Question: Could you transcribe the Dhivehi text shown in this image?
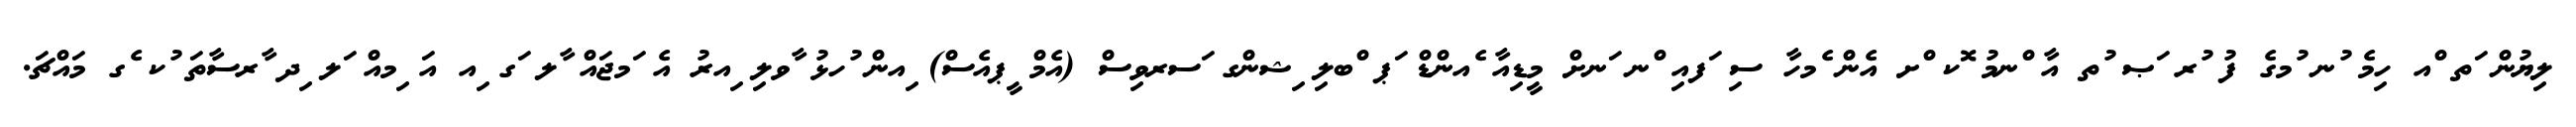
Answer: ލިޔުން ަތ ްއ ހިމެ ުނ ުމގެ ފު ުރ ަޞ ުތ އާ ްނމު ޮކ ްށ އެން ެމހާ ސި ަފއި ްނ ަނށް މީޑިއާ ެއންޑް ަޕ ްބލި ިޝންގ ަސރވިސް (އެމް ީޕއެސް) ިއން ުހޅު ާވލި ިއރު އެ ަމޖައް ާލ ަގ ިއ އަ ިމއް ަލ ިދ ާރސާތަ ުކ ެގ މައްޗަ.